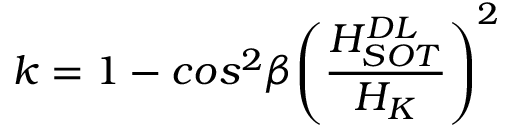
k = 1 - c o s ^ { 2 } \beta { \left( \frac { H _ { S O T } ^ { D L } } { H _ { K } } \right) } ^ { 2 }